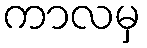
ကာလမှ